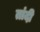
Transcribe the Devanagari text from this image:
तांदी